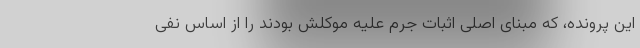
این پرونده، که مبنای اصلی اثبات جرم علیه موکلش بودند را از اساس نفی